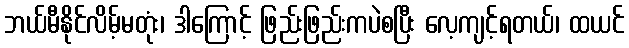
ဘယ်မီနိုင်လိမ့်မတုံး၊ ဒါကြောင့် ဖြည်းဖြည်းကပဲစပြီး လေ့ကျင့်ရတယ်၊ ထယင်